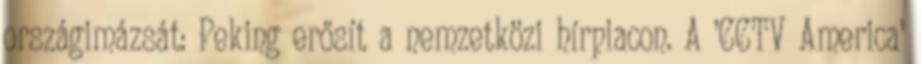
országimázsát: Peking erősít a nemzetközi hírpiacon. A ’CCTV America’